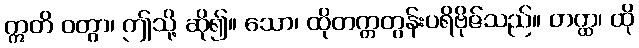
ဣတိ ဝတွာ၊ ဤသို့ ဆို၍။ သော၊ ထိုတက္ကတွန်းပရိဗိုဇ်သည်။ တတ္ထ၊ ထို